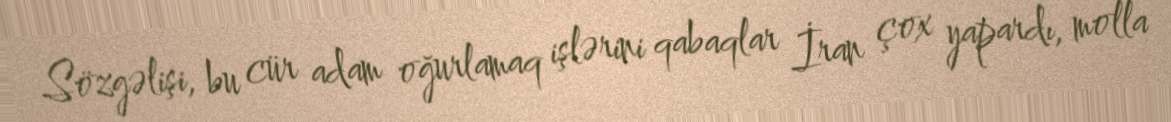
Sözgəlişi, bu cür adam oğurlamaq işlərini qabaqlar İran çox yapardı, molla